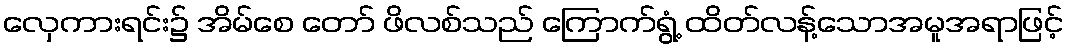
လှေကားရင်း၌ အိမ်စေ တော် ဖိလစ်သည် ကြောက်ရွံ့ ထိတ်လန့်သောအမူအရာဖြင့်